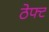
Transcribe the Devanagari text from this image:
ठेफ्ट